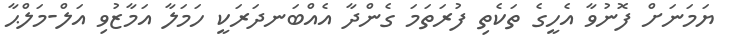
ޔަމަނަށް ފޮނުވާ އެހީގެ ތަކެތި ފުރަތަމަ ގެންދާ އެއްބަނދަރަކީ ހަމަލާ އަމާޒުވި އަލް-މަލްޙާ